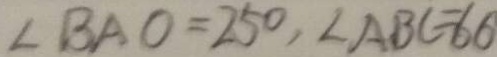
\angle B A O = 2 5 ^ { \circ } , \angle A B C = 6 6